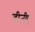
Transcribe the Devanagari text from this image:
डीजीए